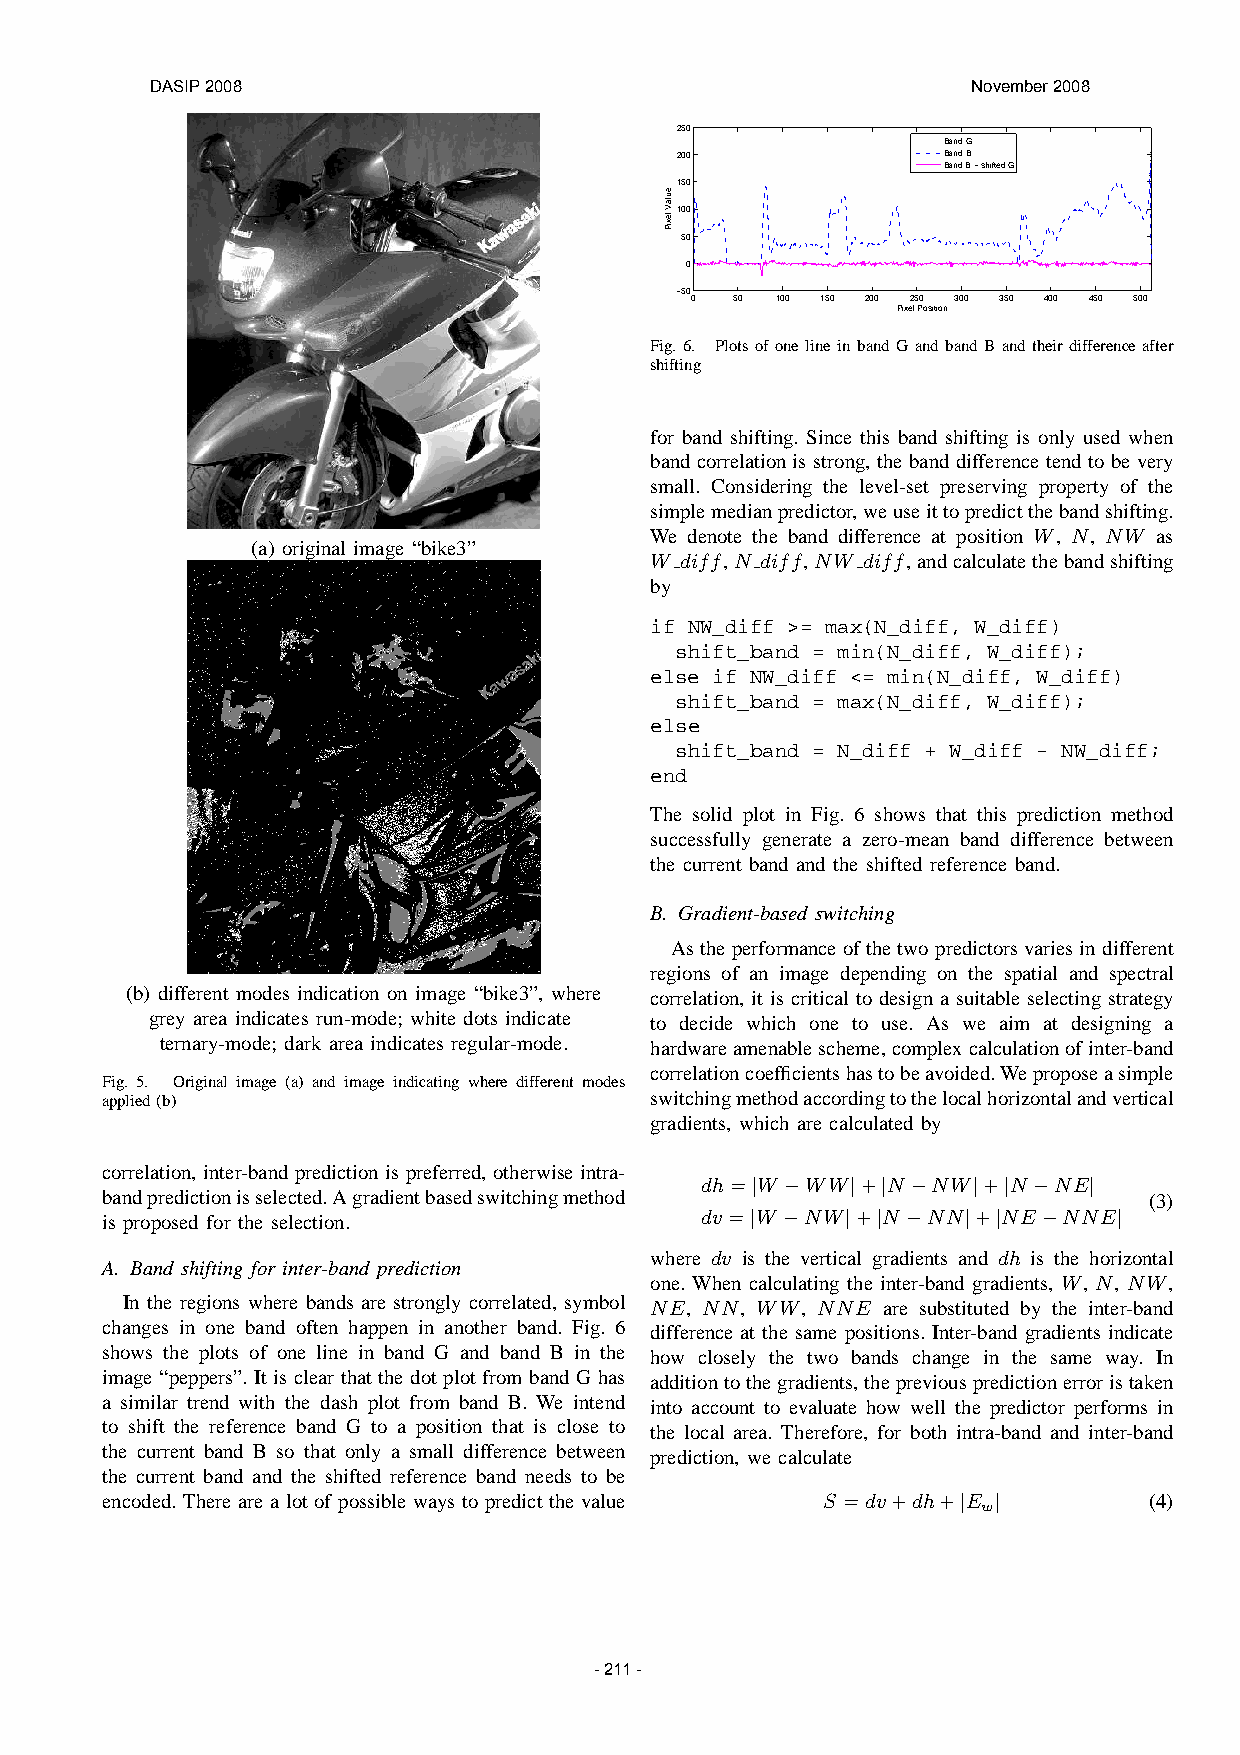
DASIP 2008                                            November 2008
 250
 Band G
 200              Band B
 Band B − shifted G
 150
 100
 50
 0
 −50
 0  50 100 150 200 250 300 350 400 450 500
 Pixel Position
 Fig. 6. Plots of one line in band G and band B and their difference after
 shifting
 for band shifting. Since this band shifting is only used when
 band correlation is strong, the band difference tend to be very
 small. Considering the level-set preserving property of the
 simplemedianpredictor,weuseittopredictthebandshifting.
 We denote the band difference at position W, N, NW as
 (a) original image “bike3”
 W diff,N diff,NW diff,andcalculatethebandshifting
 by
 if NW_diff >= max(N_diff, W_diff)
 shift_band = min(N_diff, W_diff);
 else if NW_diff <= min(N_diff, W_diff)
 shift_band = max(N_diff, W_diff);
 else
 shift_band = N_diff + W_diff - NW_diff;
 end
 The solid plot in Fig. 6 shows that this prediction method
 successfully generate a zero-mean band difference between
 the current band and the shifted reference band.
 B. Gradient-based switching
 Astheperformance of thetwopredictors varies indifferent
 regions of an image depending on the spatial and spectral
 (b) different modes indication on image “bike3”, where correlation, it is critical to design a suitable selecting strategy
 grey area indicates run-mode; white dots indicate to decide which one to use. As we aim at designing a
 ternary-mode; dark area indicates regular-mode. hardwareamenablescheme,complexcalculationofinter-band
 correlationcoefficientshastobeavoided.Weproposeasimple
 Fig. 5. Original image (a) and image indicating where different modes
 applied(b)                          switchingmethodaccordingtothelocalhorizontalandvertical
 gradients, which are calculated by
 correlation, inter-band prediction is preferred, otherwise intra-
 dh= W  WW  + N  NW + N  NE
 bandpredictionisselected.Agradientbasedswitchingmethod | − | | − | | − | (3)
 is proposed for the selection.         dv = W NW  + N NN  + NE NNE
 | −   | | −   | |  −    |
 where dv is the vertical gradients and dh is the horizontal
 A. Band shifting for inter-band prediction
 one. When calculating the inter-band gradients, W, N, NW,
 In the regions where bands are strongly correlated, symbol NE, NN, WW, NNE are substituted by the inter-band
 changes in one band often happen in another band. Fig. 6 difference at the same positions. Inter-band gradients indicate
 shows the plots of one line in band G and band B in the how closely the two bands change in the same way. In
 image “peppers”. It is clear that the dot plot from band G has additiontothegradients,thepreviouspredictionerroristaken
 a similar trend with the dash plot from band B. We intend into account to evaluate how well the predictor performs in
 to shift the reference band G to a position that is close to the local area. Therefore, for both intra-band and inter-band
 the current band B so that only a small difference between prediction, we calculate
 the current band and the shifted reference band needs to be
 encoded. There are a lot of possible ways to predict the value S =dv+dh+ E (4)
 w
 | |
 - 211 -
 eulaV
 lexiP